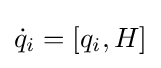
{\dot {q}}_{i}=[q_{i},H]